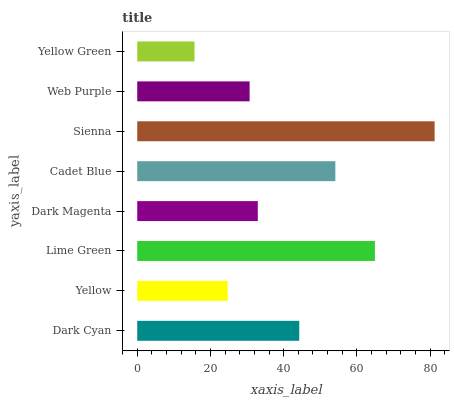
| yaxis_label | bars |
 | --- | --- |
 | Dark Cyan | 44.3 |
 | Yellow | 24.7 |
 | Lime Green | 64.9 |
 | Dark Magenta | 32.9 |
 | Cadet Blue | 54.1 |
 | Sienna | 81.2 |
 | Web Purple | 30.7 |
 | Yellow Green | 15.7 |